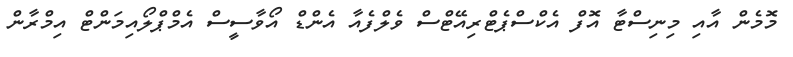
މޮމެން އާއި މިނިސްޓާ އޮފް އެކްސްޕެޓްރިއޭޓްސް ވެލްފެއާ އެންޑް އޯވާސީސް އެމްޕްލޯއިމަންޓް އިމްރާން